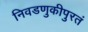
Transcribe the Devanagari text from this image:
निवडणुकीपुरतं